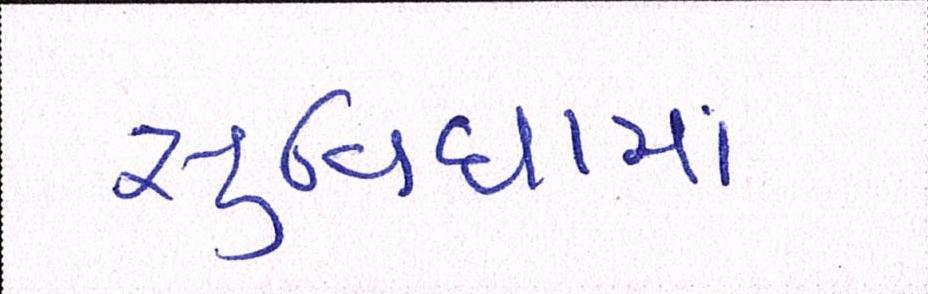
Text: સુવિધામાં